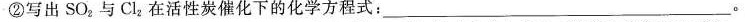
②写出SO_{2}与Cl_{2}在活性炭催化下的化学方程式：___。